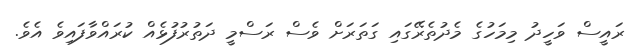
ރައީސް ވަހީދު މިމަހުގެ މެދުތެރޭގައި ގަތަރަށް ވެސް ރަސްމީ ދަތުރުފުޅެއް ކުރައްވާފައިވެ އެވެ.